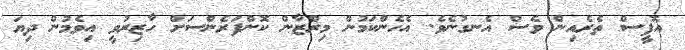
އޮފީސް ތެރެއިން ވެސް އެނގުނެވެ. އެހެންކަމުން މިރްޒާން ކޮންފަރެންސަށް ހާޒިރުވީ އިވެމުން ދިޔަ